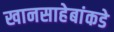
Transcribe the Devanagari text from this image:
खानसाहेबांकडे